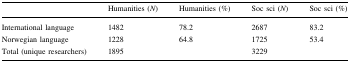
<table><thead><tr><td>[EMPTY_CELL]</td><td><b>Humanities (<i>N</i>)</b></td><td><b>Humanities (%)</b></td><td><b>Soc sci (<i>N</i>)</b></td><td><b>Soc sci (%)</b></td></tr></thead><tbody><tr><td>International language</td><td>1482</td><td>78.2</td><td>2687</td><td>83.2</td></tr><tr><td>Norwegian language</td><td>1228</td><td>64.8</td><td>1725</td><td>53.4</td></tr><tr><td>Total (unique researchers)</td><td>1895</td><td>[EMPTY_CELL]</td><td>3229</td><td>[EMPTY_CELL]</td></tr></tbody></table>